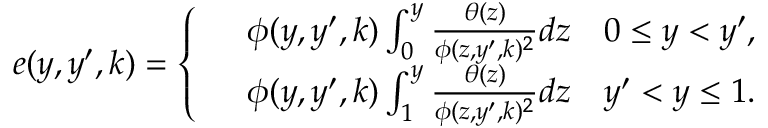
\begin{array} { r } { e ( y , y ^ { \prime } , k ) = \left\{ \begin{array} { r l } & { \phi ( y , y ^ { \prime } , k ) \int _ { 0 } ^ { y } \frac { \theta ( z ) } { \phi ( z , y ^ { \prime } , k ) ^ { 2 } } d z \quad 0 \leq y < y ^ { \prime } , } \\ & { \phi ( y , y ^ { \prime } , k ) \int _ { 1 } ^ { y } \frac { \theta ( z ) } { \phi ( z , y ^ { \prime } , k ) ^ { 2 } } d z \quad y ^ { \prime } < y \leq 1 . } \end{array} \right. } \end{array}